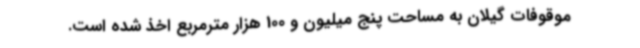
موقوفات گیلان به مساحت پنج میلیون و 100 هزار مترمربع اخذ شده است.